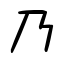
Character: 乃